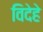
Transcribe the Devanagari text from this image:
विदेहे